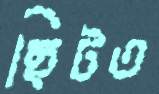
ছিটত